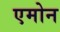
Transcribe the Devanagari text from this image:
एमोन